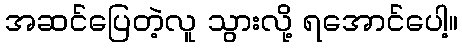
အဆင်ပြေတဲ့လူ သွားလို့ ရအောင်ပေါ့။